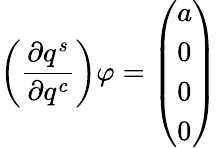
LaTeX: \left(\frac{\partial q^{s}}{\partial q^{c}}\right)\varphi=\left(\begin{array}{l}{a}\\ {0}\\ {0}\\ {0}\end{array}\right)